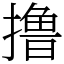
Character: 撸